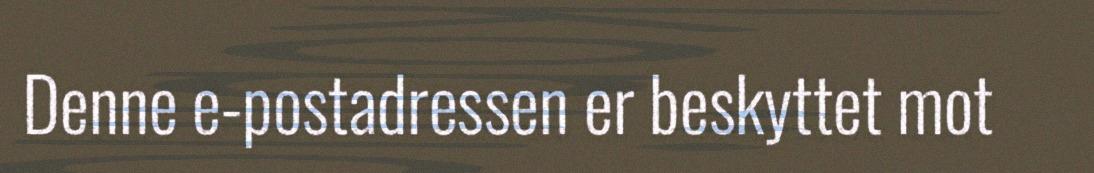
Denne e-postadressen er beskyttet mot